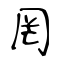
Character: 罔